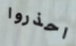
احذروا